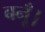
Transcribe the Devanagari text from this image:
बनूँ।